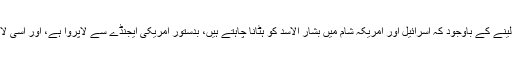
بدقسمتی سے سعودی عرب یہ جان لینے کے باوجود کہ اسرائیل اور امریکہ شام میں بشار الاسد کو ہٹانا چاہتے ہیں، بدستور امریکی ایجنڈے سے لاپروا ہے، اور اسی لاپرواہی کا مظاہرہ ایران کر رہا ہے۔